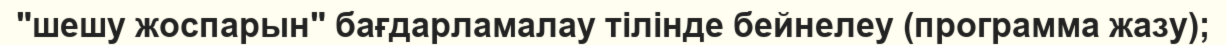
"шешу жоспарын" бағдарламалау тілінде бейнелеу (программа жазу);